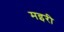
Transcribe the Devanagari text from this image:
मइरी